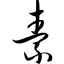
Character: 素